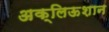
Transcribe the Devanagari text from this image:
अक्लिऊशान